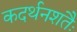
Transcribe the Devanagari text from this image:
कदर्थनशतैः